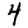
Digit: 4